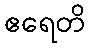
ဧရေတိ